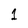
Character: 1